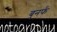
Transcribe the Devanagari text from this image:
बुनर्फ